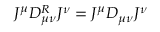
J ^ { \mu } D _ { \mu \nu } ^ { R } J ^ { \nu } = J ^ { \mu } D _ { \mu \nu } J ^ { \nu }